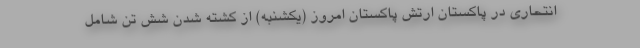
انتحاری در پاکستان ارتش پاکستان امروز (یکشنبه) از کشته شدن شش تن شامل